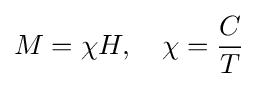
M=\chi H,\quad \chi ={\frac {C}{T}}